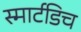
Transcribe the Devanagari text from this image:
स्मार्टडिच